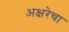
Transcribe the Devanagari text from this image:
अक्षरेचा